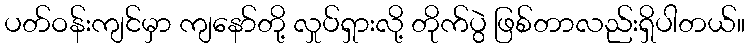
ပတ်ဝန်းကျင်မှာ ကျနော်တို့ လှုပ်ရှားလို့ တိုက်ပွဲ ဖြစ်တာလည်းရှိပါတယ်။